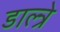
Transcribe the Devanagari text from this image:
डाल्त्रे